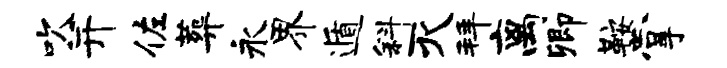
吹并佐葬永界遁斜灭拜离卿鞍掌